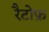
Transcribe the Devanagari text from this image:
रैटोफ़